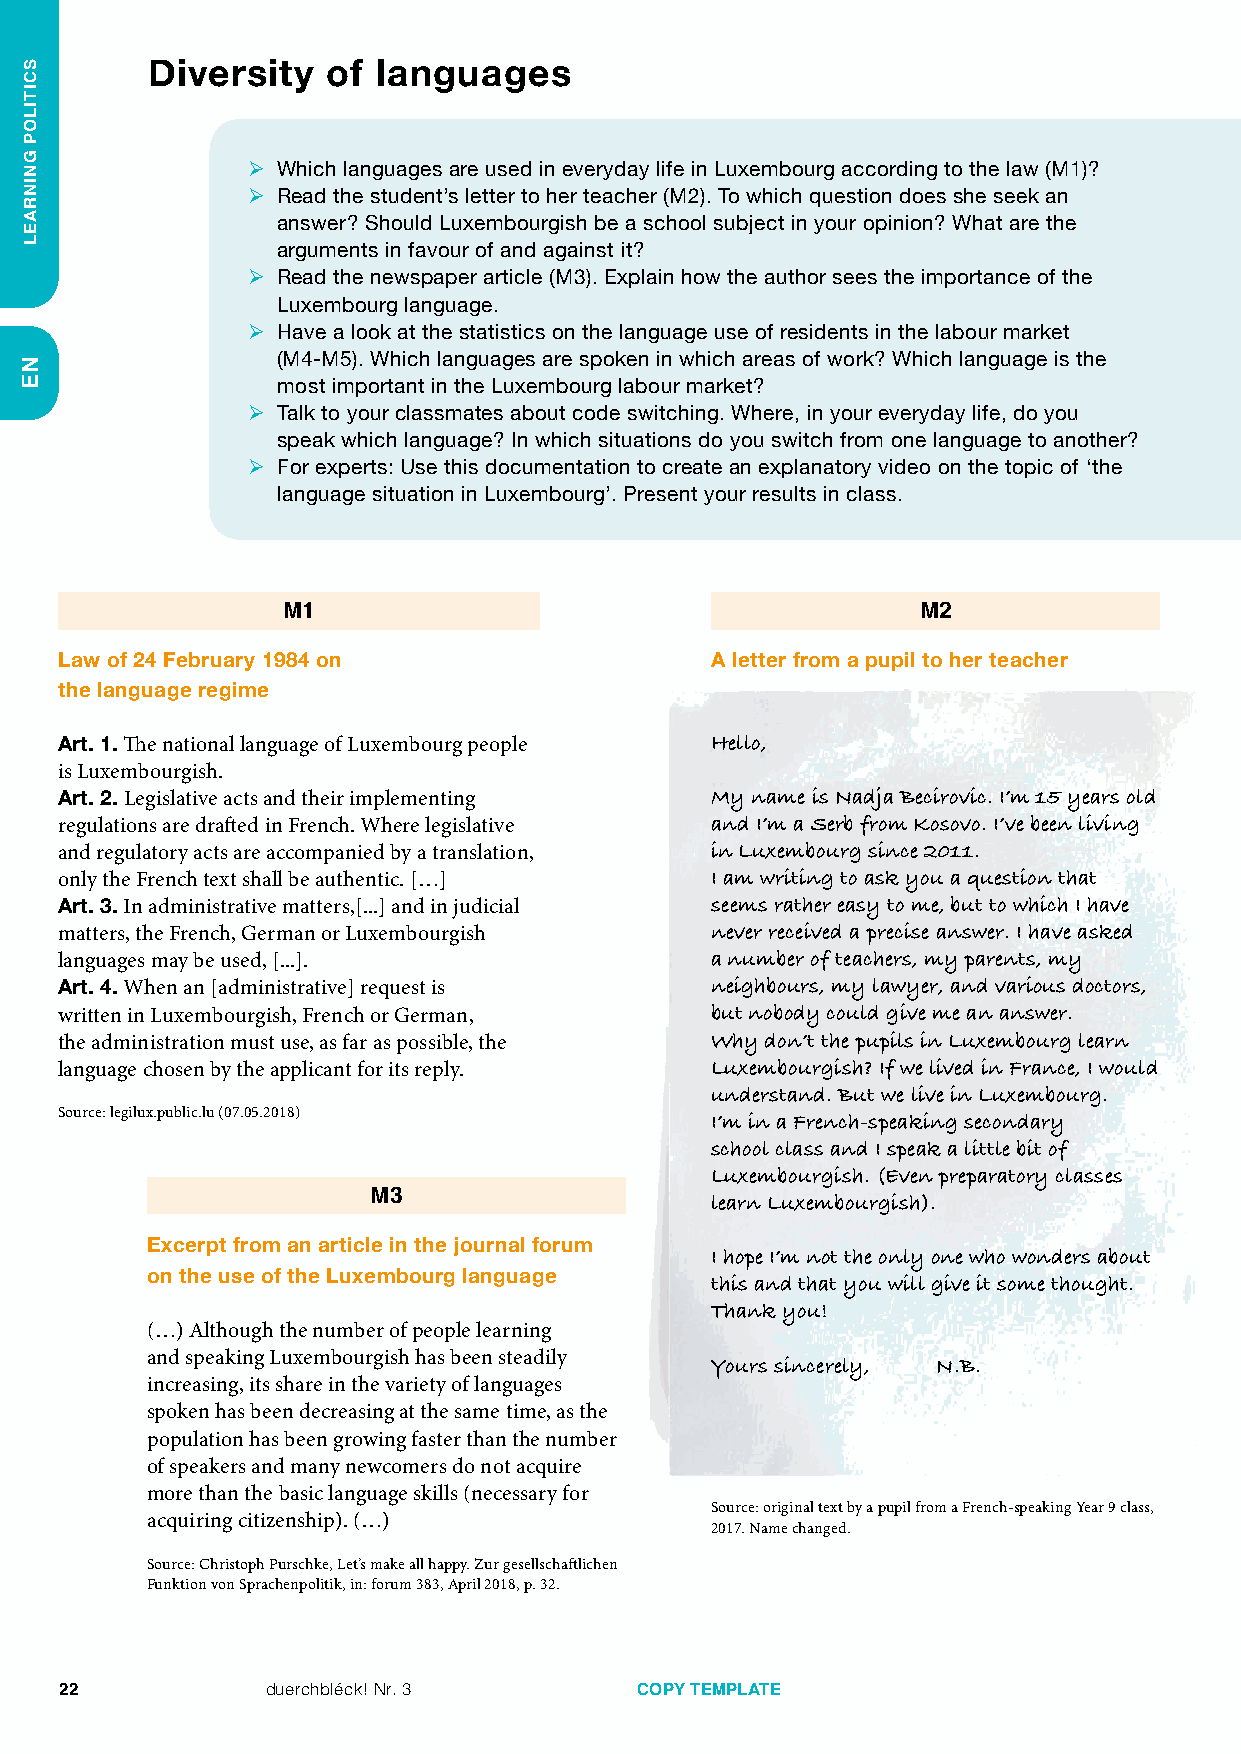
Diversity   of languages
 ¾ Which languages are used in everyday life in Luxembourg according to the law (M1)?
 ¾ Read the student’s letter to her teacher (M2). To which question does she seek an
 answer? Should Luxembourgish be a school subject in your opinion? What are the
 arguments in favour of and against it?
 ¾ Read the newspaper article (M3). Explain how the author sees the importance of the
 Luxembourg language.
 ¾ Have a look at the statistics on the language use of residents in the labour market
 (M4-M5). Which languages are spoken in which areas of work? Which language is the
 most important in the Luxembourg labour market?
 ¾ Talk to your classmates about code switching. Where, in your everyday life, do you
 speak which language? In which situations do you switch from one language to another?
 ¾ For experts: Use this documentation to create an explanatory video on the topic of ‘the
 language situation in Luxembourg’. Present your results in class.
 M1                                        M2
 Law of 24 February 1984 on                 A letter from a pupil to her teacher
 the language regime
 Art. 1. The national language of Luxembourg people Hello,
 is Luxembourgish.
 Art. 2. Legislative acts and their implementing My name is Nadja Becirovic. I’m 15 years old
 regulations are drafted in French. Where legislative and I’m a Serb from Kosovo. I’ve been living
 and regulatory acts are accompanied by a translation, in Luxembourg since 2011.
 only the French text shall be authentic. […] I am writing to ask you a question that
 Art. 3. In administrative matters,[...] and in judicial seems rather easy to me, but to which I have
 matters, the French, German or Luxembourgish never received a precise answer. I have asked
 languages may be used, [...].              a number of teachers, my parents, my
 Art. 4. When an [administrative] request is neighbours, my lawyer, and various doctors,
 written in Luxembourgish, French or German, but nobody could give me an answer.
 the administration must use, as far as possible, the Why don’t the pupils in Luxembourg learn
 language chosen by the applicant for its reply. Luxembourgish? If we lived in France, I would
 understand. But we live in Luxembourg.
 Source: legilux.public.lu (07.05.2018)
 I’m in a French-speaking secondary
 school class and I speak a little bit of
 Luxembourgish. (Even preparatory classes
 M3                    learn Luxembourgish).
 Excerpt from an article in the journal forum
 I hope I’m not the only one who wonders about
 on the use of the Luxembourg language this and that you will give it some thought.
 Thank you!
 (…) Although the number of people learning
 and speaking Luxembourgish has been steadily
 Yours sincerely, N.B.
 increasing, its share in the variety of languages
 spoken has been decreasing at the same time, as the
 population has been growing faster than the number
 of speakers and many newcomers do not acquire
 more than the basic language skills (necessary for
 Source: original text by a pupil from a French­speaking Year 9 class,
 acquiring citizenship). (…)
 2017. Name changed.
 Source: Christoph Purschke, Let’s make all happy. Zur gesellschaftlichen
 Funktion von Sprachenpolitik, in: forum 383, April 2018, p. 32.
 22            duerchbléck! Nr. 3      COPY TEMPLATE
 SCITILOP
 GNINRAEL
 NE